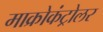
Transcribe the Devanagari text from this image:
माक्रोकंट्रोलर